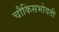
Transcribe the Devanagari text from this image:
चौकिसभोवती